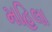
મહિલા